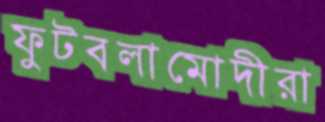
ফুটবলামোদীরা